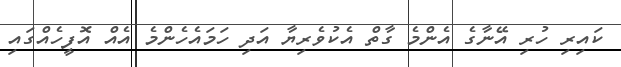
ކައިރި ހުރި އޭނާގެ އެންމެ ގާތް އެކުވެރިޔާ އަދި ހަމައެހެންމެ އެއް އޮފީހެއްގައި